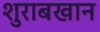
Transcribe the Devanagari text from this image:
शुराबखान